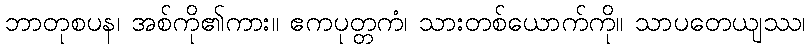
ဘာတုစပန၊ အစ်ကို၏ကား။ ဧကပုတ္တကံ၊ သားတစ်ယောက်ကို။ သာပတေယျဿ၊